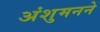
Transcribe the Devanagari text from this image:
अंशुमनने